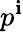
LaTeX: p^{\mathbf{i}}